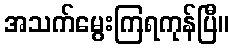
အသက်မွေးကြရကုန်ပြီ။